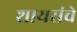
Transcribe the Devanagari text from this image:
शायरांचे